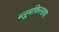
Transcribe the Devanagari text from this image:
ब्लूमफिल्डचा